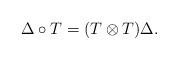
LaTeX: \begin{align*}\Delta \circ T = (T \otimes T) \Delta.\end{align*}